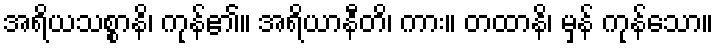
အရိယသစ္စာနိ၊ ကုန်၏။ အရိယာနီတိ၊ ကား။ တထာနိ၊ မှန် ကုန်သော။